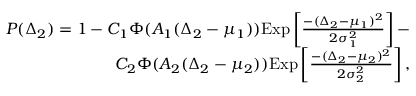
\begin{array} { r } { P ( \Delta _ { 2 } ) = 1 - C _ { 1 } \Phi ( A _ { 1 } ( \Delta _ { 2 } - \mu _ { 1 } ) ) \mathrm { E x p } \left[ \frac { - ( \Delta _ { 2 } - \mu _ { 1 } ) ^ { 2 } } { 2 \sigma _ { 1 } ^ { 2 } } \right] - } \\ { C _ { 2 } \Phi ( A _ { 2 } ( \Delta _ { 2 } - \mu _ { 2 } ) ) \mathrm { E x p } \left[ \frac { - ( \Delta _ { 2 } - \mu _ { 2 } ) ^ { 2 } } { 2 \sigma _ { 2 } ^ { 2 } } \right] , } \end{array}